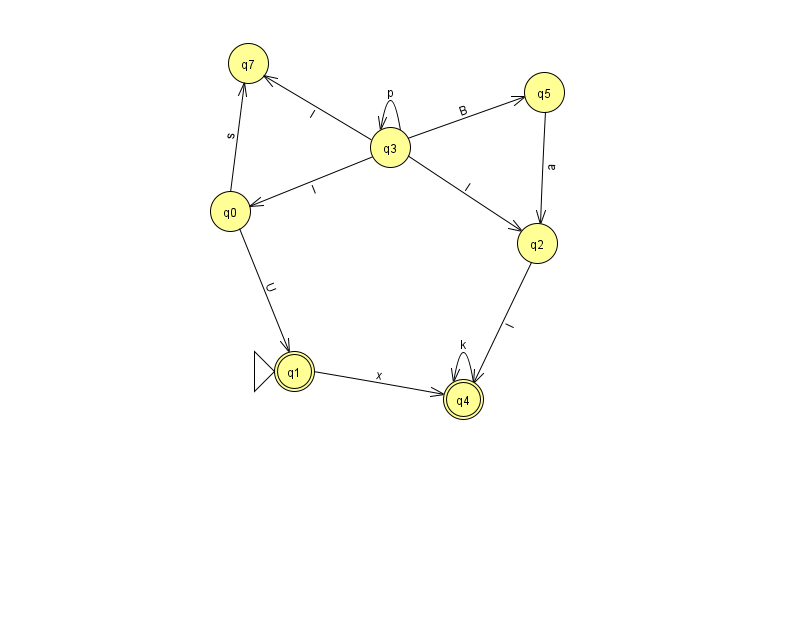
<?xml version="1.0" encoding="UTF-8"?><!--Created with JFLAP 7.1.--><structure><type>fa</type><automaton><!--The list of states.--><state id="0" name="q0"><x>230.0</x><y>198.0</y></state><state id="1" name="q1"><x>294.0</x><y>358.0</y><initial/><final/></state><state id="2" name="q2"><x>537.0</x><y>230.0</y></state><state id="3" name="q3"><x>390.0</x><y>134.0</y></state><state id="4" name="q4"><x>463.0</x><y>386.0</y><final/></state><state id="5" name="q5"><x>544.0</x><y>79.0</y></state><state id="7" name="q7"><x>248.0</x><y>50.0</y></state><!--The list of transitions.--><transition><from>0</from><to>1</to><read>U</read></transition><transition><from>3</from><to>3</to><read>p</read></transition><transition><from>3</from><to>5</to><read>B</read></transition><transition><from>3</from><to>7</to><read>l</read></transition><transition><from>5</from><to>2</to><read>a</read></transition><transition><from>3</from><to>2</to><read>I</read></transition><transition><from>4</from><to>4</to><read>k</read></transition><transition><from>2</from><to>4</to><read>l</read></transition><transition><from>0</from><to>7</to><read>s</read></transition><transition><from>1</from><to>4</to><read>x</read></transition><transition><from>3</from><to>0</to><read>l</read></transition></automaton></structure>